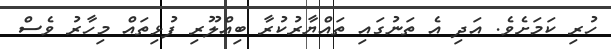
ހުރި ކަމަށެވެ. އަދި އެ ތަނުގައި ތައްޔާރުކުރާ ބިއްލޫރި ފުޅިތައް މިހާރު ވެސް